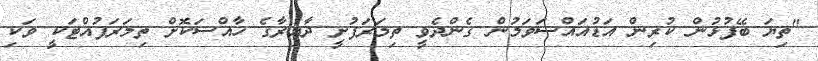
"ތިޔަ ބޭފުޅުން ކުރިން އަޑުއައްސަވަމުން ގެންދެވީ ތިމަރަފުށީ ދާއިރާގެ ހާއްސަކޮށް ތިމަރަފުއްޓަކީ ވަކި